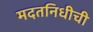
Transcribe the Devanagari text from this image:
मदतनिधीची